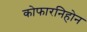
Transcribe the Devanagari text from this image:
कोफारनिहोन